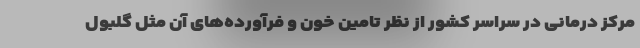
مرکز درمانی در سراسر کشور از نظر تامین خون و فرآورده‌های آن مثل گلبول